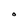
Character: 0